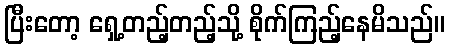
ပြီးတော့ ရှေ့တည့်တည့်သို့ စိုက်ကြည့်နေမိသည်။